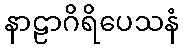
နာဠာဂိရိပေသနံ